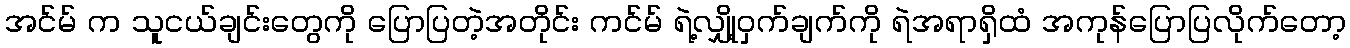
အင်မ် က သူငယ်ချင်းတွေကို ပြောပြတဲ့အတိုင်း ကင်မ် ရဲ့လျှို့ဝှက်ချက်ကို ရဲအရာရှိထံ အကုန်ပြောပြလိုက်တော့